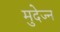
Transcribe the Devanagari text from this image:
मुदेज्न